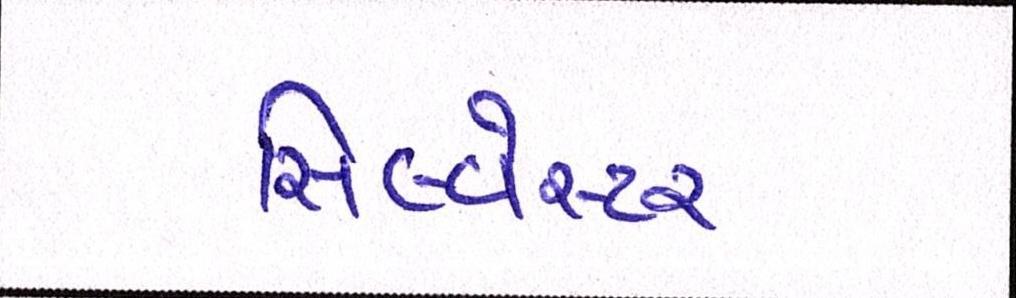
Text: સિલ્વેસ્ટર